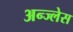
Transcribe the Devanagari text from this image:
अन्ज्लेस